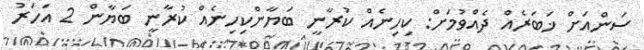
ސަންއަށް ޚަބަރެއް ދެއްވުމަށް: ކިހިނެއް ކުރާނީ ބަޔާންކިހިނެއް ކުރާނީ ބަޔާން 2 އަހަރު